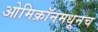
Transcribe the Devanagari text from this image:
ओमिक्रॉनमधूनच